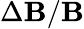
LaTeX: \Delta\mathbf{B}/\mathbf{B}